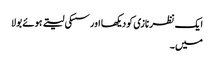
ایک نظر نازی کو دیکھا اور سسکی لیتے ہوئے بولا
میں ۔